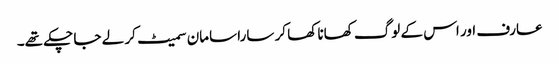
عارف اور اس کے لوگ کھانا کھا کر سارا سامان سمیٹ کر لے جا چکے تھے۔